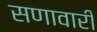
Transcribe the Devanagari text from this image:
सणावारीं